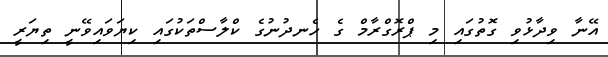
އޭނާ ވިދާޅުވި ގޮތުގައި މި ޕްރޮގްރާމް ގެ ހެނދުނުގެ ކްލާސްތަކުގައި ކިޔަވައިވޭނީ ތިޔަރީ